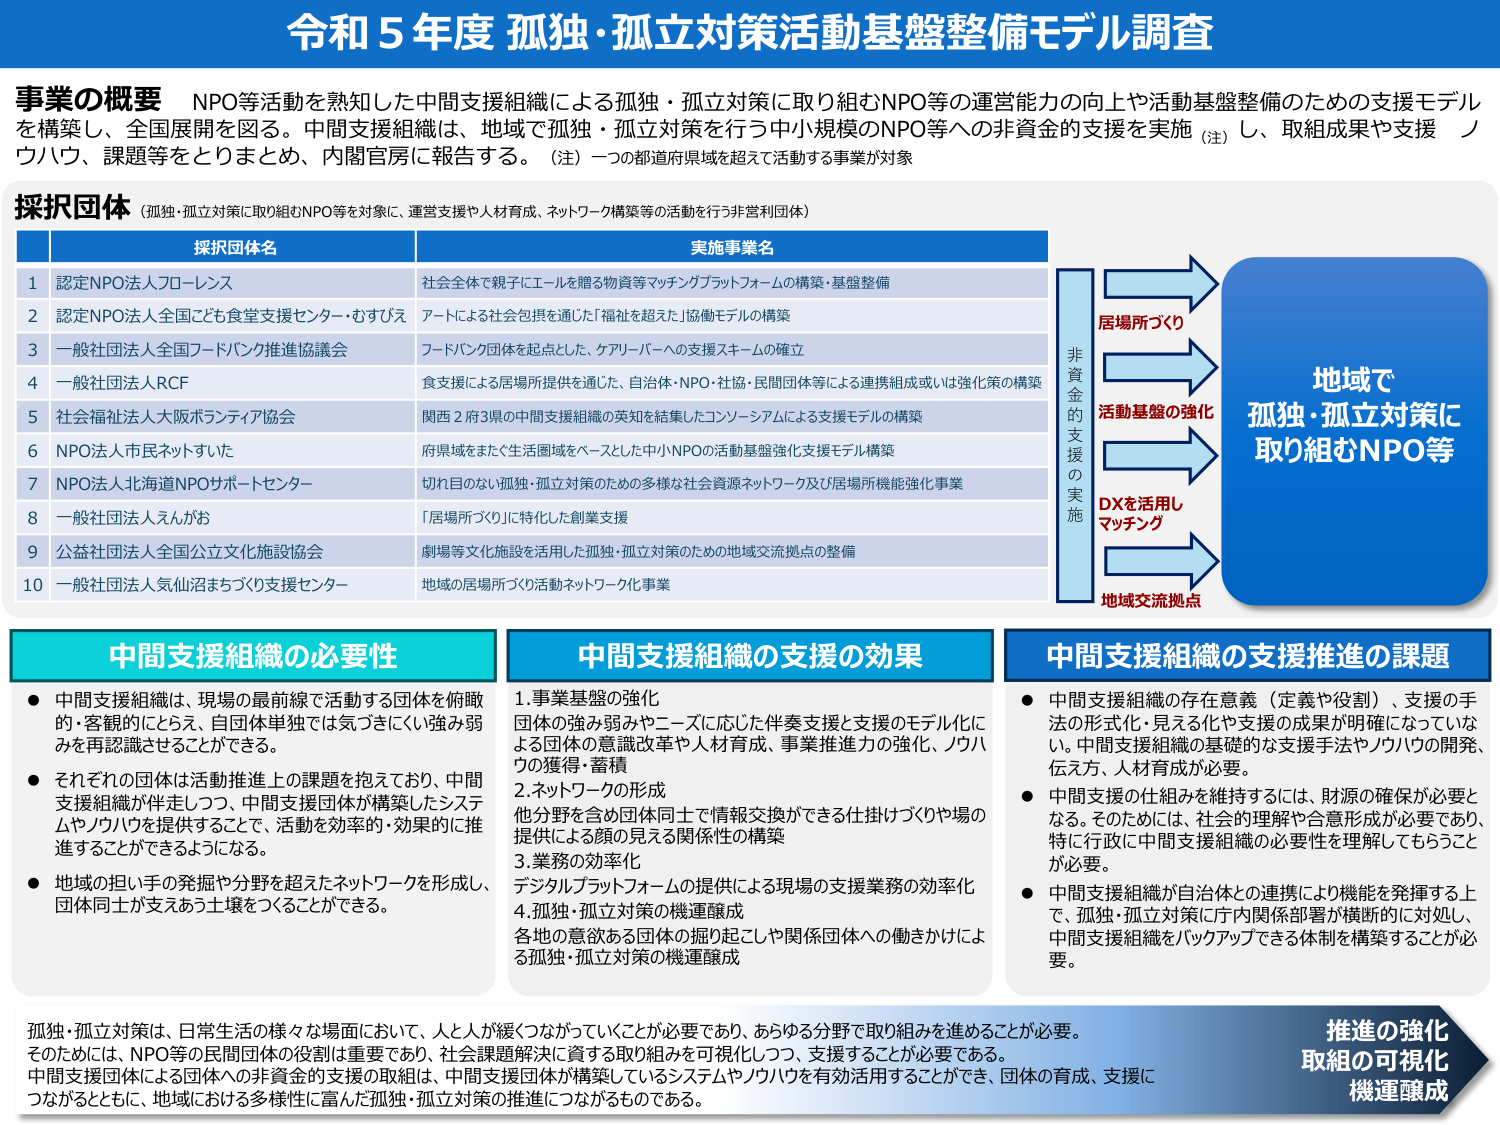
令和５年度 孤独・孤立対策活動基盤整備モデル調査

事業の概要 NPO等活動を熟知した中間支援組織による孤独・孤立対策に取り組むNPO等の運営能力の向上や活動基盤整備のための支援モデルを構築し、全国展開を図る。中間支援組織は、地域で孤独・孤立対策を行う中小規模のNPO等への非資金的支援を実施（注）し、取組成果や支援ノウハウ、課題等をとりまとめ、内閣官房に報告する。（注）一つの都道府県域を超えて活動する事業が対象

採択団体（孤独・孤立対策に取り組むNPO等を対象に、運営支援や人材育成、ネットワーク構築等の活動を行う非営利団体）

採択団体名 実施事業名
1 認定NPO法人フローレンス 社会全体で親子にエールを贈る物資等マッチングプラットフォームの構築・基盤整備
2 認定NPO法人全国こども食堂支援センター・むすびえ アートによる社会包摂を通じた「福祉を超えた」協働モデルの構築
3 一般社団法人全国フードバンク推進協議会 フードバンク団体を起点とした、ケアリーパへの支援スキームの確立
4 一般社団法人RCF 食支援による居場所提供を通じた、自治体・NPO・社協・民間団体等による連携組成或いは強化策の構築
5 社会福祉法人大阪ボランティア協会 関西２府３県の中間支援組織の実知を結集したコンソーシアムによる支援モデルの構築
6 NPO法人市民ネットすいた 府県域をまたぐ生活圏域をベースとした中小NPOの活動基盤強化支援モデル構築
7 NPO法人北海道NPOサポートセンター 切れ目のない孤独・孤立対策のための多様な社会資源ネットワーク及び居場所機能強化事業
8 一般社団法人えんがお 「居場所づくり」に特化した創業支援
9 公益社団法人全国公立文化施設協会 劇場等文化施設を活用した孤独・孤立対策のための地域交流拠点の整備
10 一般社団法人気仙沼まちづくり支援センター 地域の居場所づくり活動ネットワーク化事業

非資金的支援の実施
居場所づくり
活動基盤の強化
DXを活用しマッチング
地域交流拠点
地域で孤独・孤立対策に取り組むNPO等

中間支援組織の必要性
● 中間支援組織は、現場の最前線で活動する団体を俯瞰的・客観的にとらえ、自団体単独では気づきにくい強み弱みを再認識させることができる。
● それぞれの団体は活動推進上の課題を抱えており、中間支援組織が伴走しつつ、中間支援団体が構築したシステムやノウハウを提供することで、活動を効率的・効果的に推進することができるようになる。
● 地域の担い手の発掘や分野を超えたネットワークを形成し、団体同士が支えあう土壌をつくることができる。

中間支援組織の支援の効果
1. 事業基盤の強化
団体の強み弱みやニーズに応じた伴奏支援と支援のモデル化による団体の意識改革や人材育成、事業推進力の強化、ノウハウの獲得・蓄積
2. ネットワークの形成
他分野を含め団体同士で情報交換ができる仕掛けづくりや場の提供による顔の見える関係性の構築
3. 業務の効率化
デジタルプラットフォームの提供による現場の支援業務の効率化
4. 孤独・孤立対策の機運醸成
各地の意欲ある団体の掘り起こしや関係団体への働きかけによる孤独・孤立対策の機運醸成

中間支援組織の支援推進の課題
● 中間支援組織の存在意義（定義や役割）、支援の手法の形式化・見える化や支援の成果が明確になっていない。中間支援組織の基礎的な支援手法やノウハウの開発、伝え方、人材育成が必要。
● 中間支援の仕組みを維持するには、財源の確保が必要となる。そのためには、社会的理解や合意形成が必要であり、特に行政に中間支援組織の必要性を理解してもらうことが必要。
● 中間支援組織が自治体との連携により機能を発揮する上で、孤独・孤立対策に庁内関係部署が横断的に対処し、中間支援組織をバックアップできる体制を構築することが必要。

孤独・孤立対策は、日常生活の様々な場面において、人と人ががつながっていくことが必要であり、あらゆる分野で取り組みを進めることが必要。そのためには、NPO等の民間団体の役割は重要であり、社会課題解決に資する取り組みを可視化しつつ、支援することが必要である。中間支援団体による団体への非資金的支援の取組は、中間支援団体が構築しているシステムやノウハウを有効活用することができ、団体の育成、支援につながるとともに、地域における多様性に富んだ孤独・孤立対策の推進につながるものである。

推進の強化
取組の可視化
機運醸成